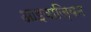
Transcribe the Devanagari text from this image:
आइवाज़ियन